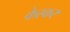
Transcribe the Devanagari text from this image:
केस्कर